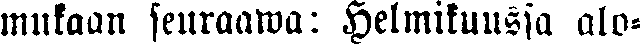
mukaan seuraawa: Helmikuussa alo-